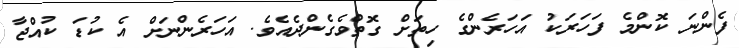
ފެންނަ ކޮންމެ ފަހަރަކު އަހަރެންގެ ހިތަށް ގޮތްވެގެންދެއެވެ. އަހަރެންނަށް އެ ކުޑަ ކުއްޖާ